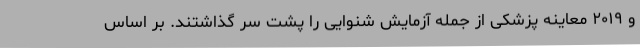
و ۲۰۱۹ معاینه پزشکی از جمله آزمایش شنوایی را پشت سر گذاشتند. بر اساس